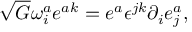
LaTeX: \sqrt { G } \omega _ { i } ^ { a } e ^ { a k } = e ^ { a } \epsilon ^ { j k } \partial _ { i } e _ { j } ^ { a } ,